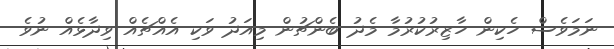
ނަމަވެސް ހެކިން ހާޒިރުކުރުމާ މެދު ބެންޗުން މިއަދު ވަކި އެއްޗެއް ވިދާޅެއް ނުވެ